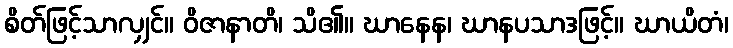
စိတ်ဖြင့်သာလျှင်။ ဝိဇာနာတိ၊ သိ၏။ ဃာနေန၊ ဃာနပသာဒဖြင့်။ ဃာယိတံ၊